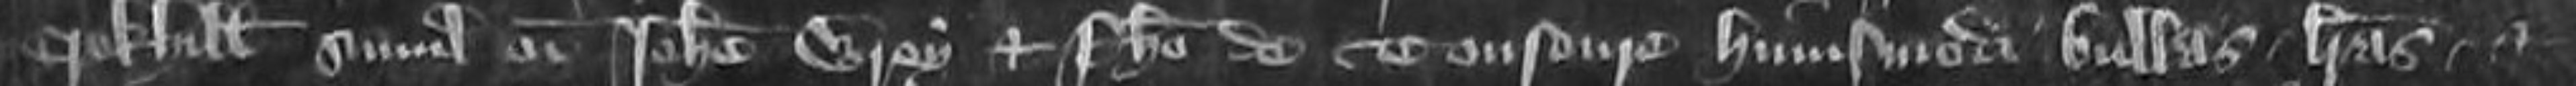
Crokhull simul cum Johanne Wrey et Phillipe de Tonsoure huiusmodi bullas litteras et